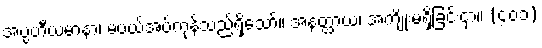
အပ္ပဟိီယမာနာ၊ မပယ်အပ်ကုန်သည်ရှိသော်။ အနတ္ထာယ၊ အကျိုးမရှိခြင်းငှာ။ (၄၀၁)